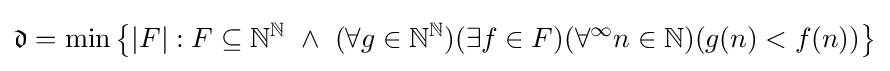
{\mathfrak {d}}=\min {\big \{}|F|:F\subseteq {\mathbb {N} }^{\mathbb {N} }\ \wedge \ (\forall g\in {\mathbb {N} }^{\mathbb {N} })(\exists f\in F)(\forall ^{\infty }n\in {\mathbb {N} })(g(n)<f(n)){\big \}}